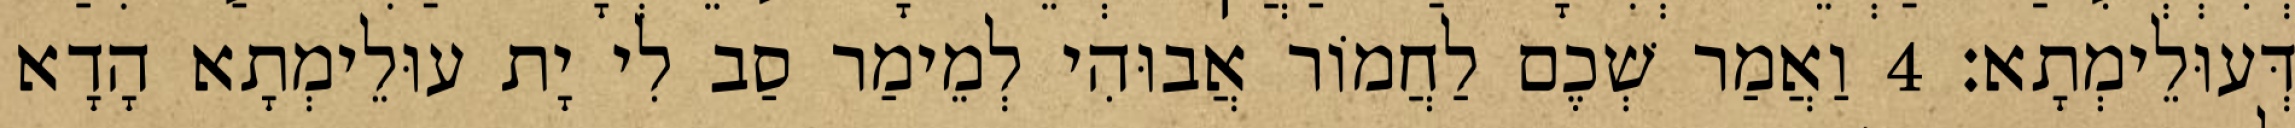
דְּעוּלֵימְתָא׃ 4 וַאֲמַר שְׁכֶם לַחֲמוֹר אֲבוּהִי לְמֵימַר סַב לִי יָת עוּלֵימְתָא הָדָא